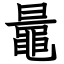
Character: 鼂